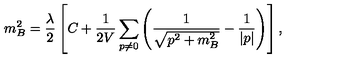
m _ { B } ^ { 2 } = { \frac { \lambda } { 2 } } \left[ C + { \frac { 1 } { 2 V } } \sum _ { p \neq 0 } \left( \frac { 1 } { \sqrt { { p } ^ { 2 } + m _ { B } ^ { 2 } } } - \frac { 1 } { | p | } \right) \right] ,